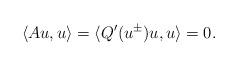
LaTeX: \begin{align*}\langle Au,u\rangle=\langle Q'(u^\pm) u,u\rangle=0.\end{align*}